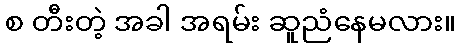
စ တီးတဲ့ အခါ အရမ်း ဆူညံနေမလား။